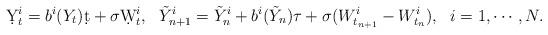
LaTeX: \begin{align*}\d Y_t^i = b^i(Y_t)\d t + \sigma\d W_t^i,~~\tilde Y_{n+1}^i = \tilde Y_n^i + b^i(\tilde Y_n)\tau + \sigma (W_{t_{n+1}}^i-W_{t_n}^i),~~i=1,\cdots,N.\end{align*}